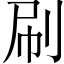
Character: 刷